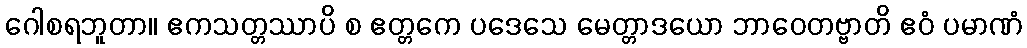
ဂေါစရဘူတာ။ ဧကသတ္တဿာပိ စ ဧတ္တကေ ပဒေသေ မေတ္တာဒယော ဘာဝေတဗ္ဗာတိ ဧဝံ ပမာဏံ